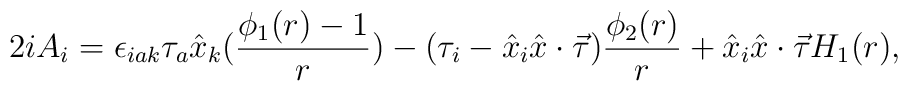
2iA_i=\epsilon_{iak}\tau_a\hat{x}_k(\frac{\phi_1(r)-1}{r}) -(\tau_i-\hat{x}_i\hat{x} \cdot\vec{\tau})\frac{\phi_2(r)}{r}+\hat{x}_i\hat{x}\cdot \vec{\tau}H_1(r),